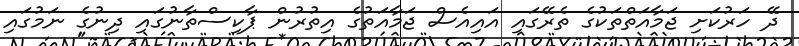
ދޭ ހަރުކަށި ޖަމާއަތްތަކުގެ ތެރޭގައި އައިއެސް ޖަމާއަތުގެ އިތުރުން ޕާކިސްތާނުގައި ދިނުގެ ނަމުގައި